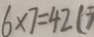
6 \times 7 = 4 2 (